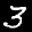
Label: 3